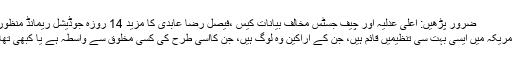
ضرور پڑھیں: اعلیٰ عدلیہ اور چیف جسٹس مخالف بیانات کیس ،فیصل رضا عابدی کا مزید 14 روزہ جوڈیشل ریمانڈ منظور
امریکہ میں ایسی بہت سی تنظیمیں قائم ہیں، جن کے اراکین وہ لوگ ہیں، جن کااسی طرح کی کسی مخلوق سے واسطہ ہے یا کبھی تھا۔